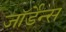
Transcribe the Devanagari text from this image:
जॉर्डेन्स